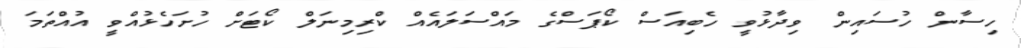
ހިސާން ހުސައިން ވިދާޅުވީ ހެބިއަސް ކޯޕަސްގެ މައްސަލައެއް ކްރިމިނަލް ކޯޓަށް ހުށަހެޅުއްވީ އުއްތަމަ